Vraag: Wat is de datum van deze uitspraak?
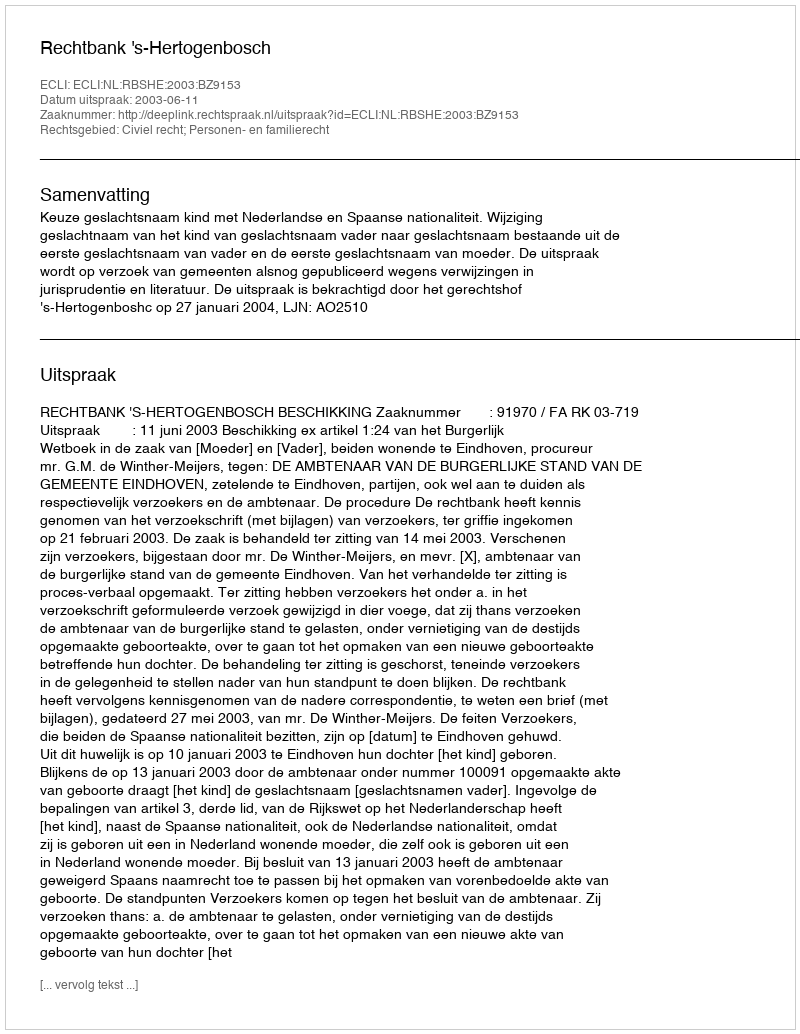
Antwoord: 2003-06-11